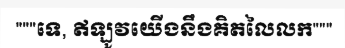
"""ទេ, ឥឡូវយើងនឹងគិតលៃលក"""